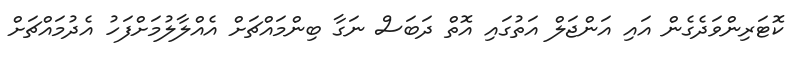
ކޮޓަރިންވަދެގެން އައި އަންޖަލް އަތުގައި އޮތް ދަބަސް ނަގާ ބިންމައްޗަށް އެއްލާލުމަށްފަހު އެދުމައްޗަށް